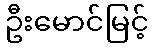
ဦးမောင်မြင့်